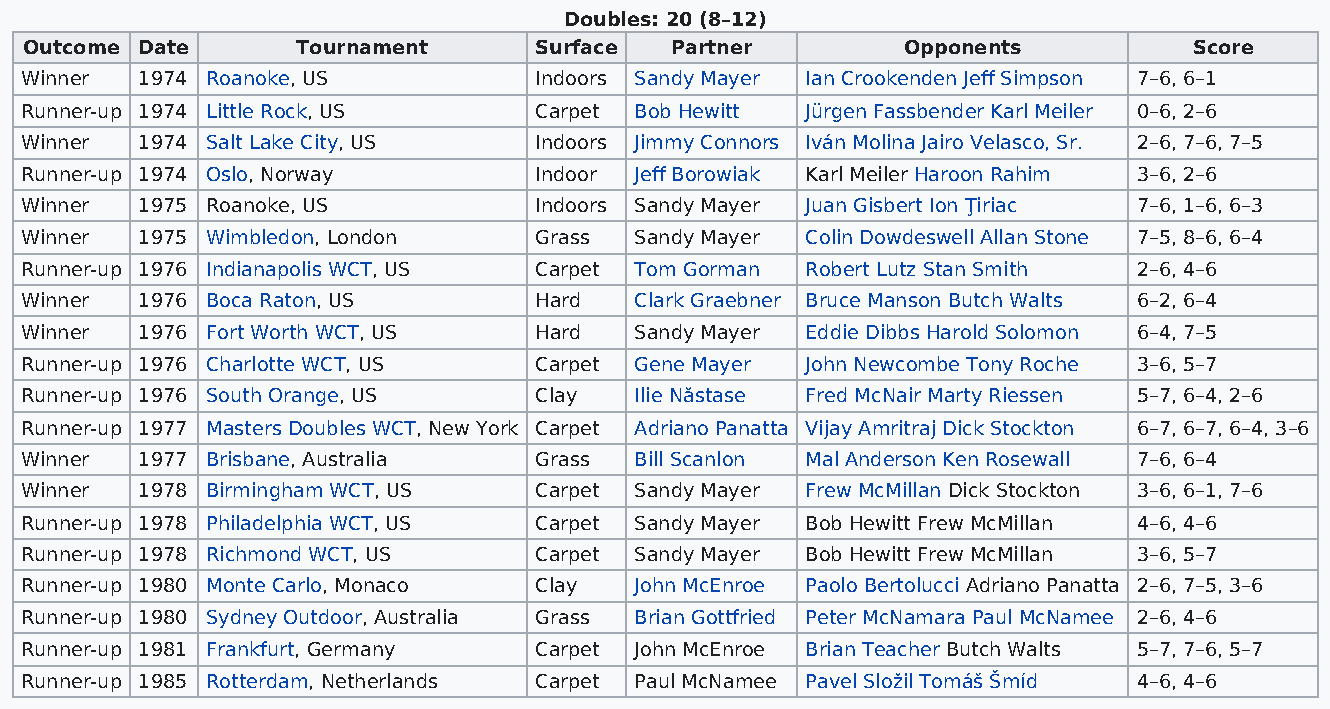
Doubles: 20 (8–12)
 Outcome Date      Tournament     Surface  Partner         Opponents          Score
 Winner  1974 Roanoke, US          Indoors Sandy Mayer Ian Crookenden Jeff Simpson 7–6, 6–1
 Runner-up 1974 Little Rock, US    Carpet Bob Hewitt Jürgen Fassbender Karl Meiler 0–6, 2–6
 Winner  1974 Salt Lake City, US   Indoors Jimmy Connors Iván Molina Jairo Velasco, Sr. 2–6, 7–6, 7–5
 Runner-up 1974 Oslo, Norway       Indoor Jeff Borowiak Karl Meiler Haroon Rahim 3–6, 2–6
 Winner  1975 Roanoke, US          Indoors Sandy Mayer Juan Gisbert Ion Ţiriac 7–6, 1–6, 6–3
 Winner  1975 Wimbledon, London    Grass  Sandy Mayer Colin Dowdeswell Allan Stone 7–5, 8–6, 6–4
 Runner-up 1976 Indianapolis WCT, US Carpet Tom Gorman Robert Lutz Stan Smith 2–6, 4–6
 Winner  1976 Boca Raton, US       Hard   Clark Graebner Bruce Manson Butch Walts 6–2, 6–4
 Winner  1976 Fort Worth WCT, US   Hard   Sandy Mayer Eddie Dibbs Harold Solomon 6–4, 7–5
 Runner-up 1976 Charlotte WCT, US  Carpet Gene Mayer John Newcombe Tony Roche 3–6, 5–7
 Runner-up 1976 South Orange, US   Clay   Ilie Năstase Fred McNair Marty Riessen 5–7, 6–4, 2–6
 Runner-up 1977 Masters Doubles WCT, New York Carpet Adriano Panatta Vijay Amritraj Dick Stockton 6–7, 6–7, 6–4, 3–6
 Winner  1977 Brisbane, Australia  Grass  Bill Scanlon Mal Anderson Ken Rosewall 7–6, 6–4
 Winner  1978 Birmingham WCT, US   Carpet Sandy Mayer Frew McMillan Dick Stockton 3–6, 6–1, 7–6
 Runner-up 1978 Philadelphia WCT, US Carpet Sandy Mayer Bob Hewitt Frew McMillan 4–6, 4–6
 Runner-up 1978 Richmond WCT, US   Carpet Sandy Mayer Bob Hewitt Frew McMillan 3–6, 5–7
 Runner-up 1980 Monte Carlo, Monaco Clay  John McEnroe Paolo Bertolucci Adriano Panatta 2–6, 7–5, 3–6
 Runner-up 1980 Sydney Outdoor, Australia Grass Brian Gottfried Peter McNamara Paul McNamee 2–6, 4–6
 Runner-up 1981 Frankfurt, Germany Carpet John McEnroe Brian Teacher Butch Walts 5–7, 7–6, 5–7
 Runner-up 1985 Rotterdam, Netherlands Carpet Paul McNamee Pavel Složil Tomáš Šmíd 4–6, 4–6